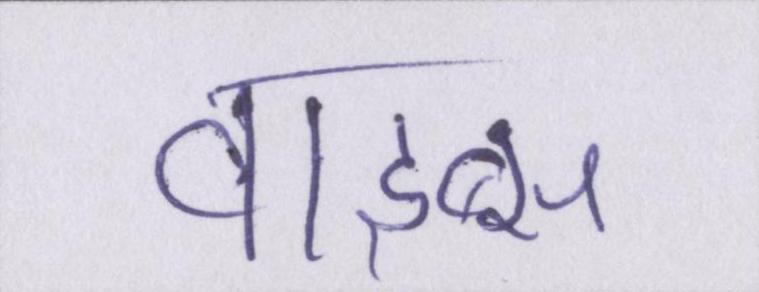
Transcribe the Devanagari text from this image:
वाइब्स